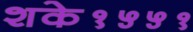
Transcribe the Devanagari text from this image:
शके१५५१